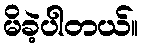
မိခဲ့ပါတယ်။